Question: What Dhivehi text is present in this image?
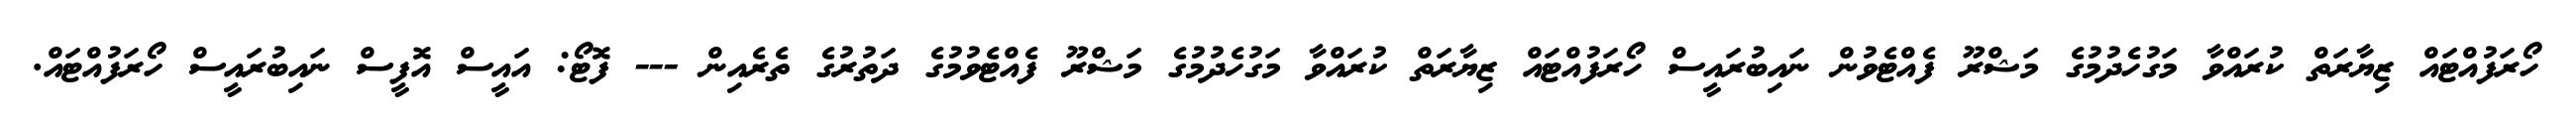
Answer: ހޯރަފުއްޓައް ޒިޔާރަތް ކުރައްވާ މަގުހެދުމުގެ މަޝްރޫ ފެއްޓެވުން ނައިބުރައީސް ހޯރަފުއްޓައް ޒިޔާރަތް ކުރައްވާ މަގުހެދުމުގެ މަޝްރޫ ފެއްޓެވުމުގެ ދަތުރުގެ ތެރެއިން --- ފޮޓޯ: އައީސް އޮފީސް ނައިބުރައީސް ހޯރަފުއްޓައް.